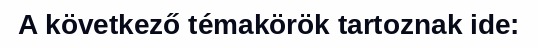
A következő témakörök tartoznak ide: